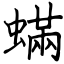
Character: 蟎